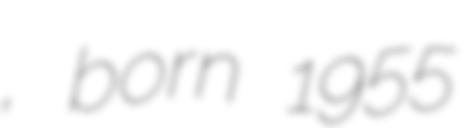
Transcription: بابادی, born 1955